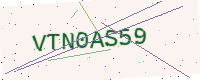
Text: VTN0AS59